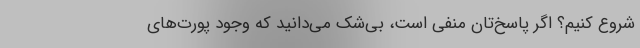
شروع کنیم؟ اگر پاسخ‌تان منفی است، بی‌شک می‌دانید که وجود پورت‌های